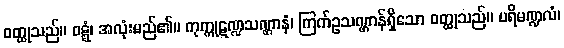
ဝတ္ထုသည်။ ဝဋ္ဋံ၊ အလုံးမည်၏။ ကုက္ကုဋဏ္ဍသဏ္ဌာနံ၊ ကြက်ဥသဏ္ဌာန်ရှိသော ဝတ္ထုသည်။ ပရိမဏ္ဍလံ၊